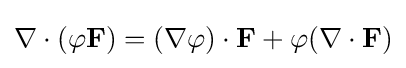
\nabla \cdot (\varphi \mathbf {F} )=(\nabla \varphi )\cdot \mathbf {F} +\varphi (\nabla \cdot \mathbf {F} )